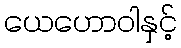
ယေဟောဝါနှင့်